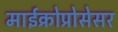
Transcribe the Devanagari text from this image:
माईक्रोप्रोसेसर